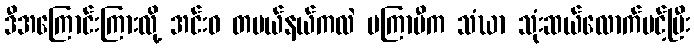
ဒီအကြောင်းကြားလို့ အင်းဝ တပယ်နယ်ကလဲ မကြာမီက သံဃာ သုံးဆယ်လောက်ပင့်ပြီး